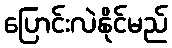
ပြောင်းလဲနိုင်မည်